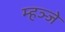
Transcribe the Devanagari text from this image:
म्हञ्जे